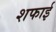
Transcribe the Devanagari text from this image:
शफाई